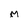
Character: M